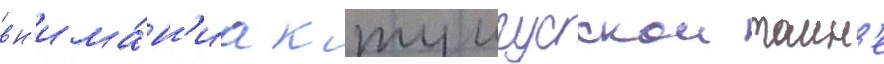
вн'има́н'иа к тунгусскои таин'е